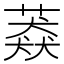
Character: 䔸